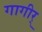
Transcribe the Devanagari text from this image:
गागीर्